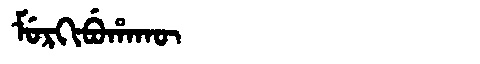
Manchu: ᠮᡠᡵᡴᡳᠪᡠᡥᠠᡴᡡ
Romanization: MURKIBUHAKŪ